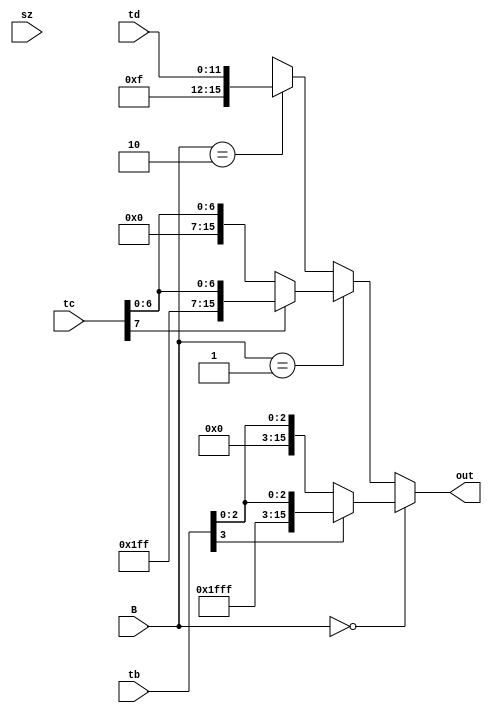
module moduleB (input [3:0] tb, /*aoi*/
		input [7:0] tc, /*branch*/
		input [11:0] td,/*jump*/
		input [1:0] B,
		input sz,
		output reg [15:0] out);

always@(*)
begin
	out = 16'hxxxx;
	if (B == 2'b00) /*Type B*/
	begin
		if (tb[3] == 1'b0)
			out = {12'h000, tb};
		else
			out = {12'hFFF, tb};
	end
//		out = {12'hFFF, tb};

	else if (B == 2'b01) /*Type C*/
	begin
		if (tc[7] == 1'b0)
			out = {8'h00, tc};
		else
			out = {8'hFF, tc};
	end

	else if (B == 2'b10) /*Type D*/
		out = {4'hF, td};
end

endmodule